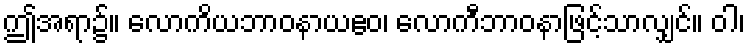
ဤအရာ၌။ လောကိယဘာဝနာယဧဝ၊ လောကီဘာဝနာဖြင့်သာလျှင်။ ဝါ၊